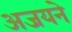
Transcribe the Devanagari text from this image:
अजयने